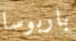
باربوسا